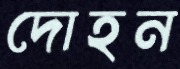
দোহন